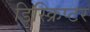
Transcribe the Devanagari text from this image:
डिस्क्रिप्टर